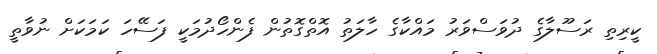
ކީރިތި ރަސޫލާގެ ދުވަސްވަރު މައްކާގެ ހާލަތު އޮތްގޮތުން ފެންހޯދުމަކީ ފަސޭހަ ކަމަކަށް ނުވާތީ